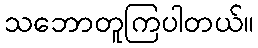
သဘောတူကြပါတယ်။